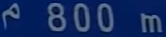
800 m